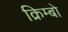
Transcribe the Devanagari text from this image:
क्रिम्बो